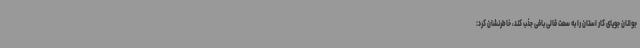
جوانان جویای کار استان را به سمت قالی بافی جذب کند، خاطرنشان کرد: